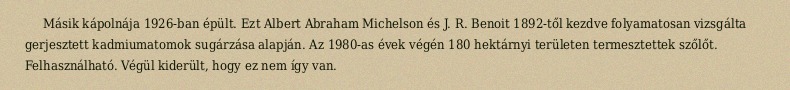
Másik kápolnája 1926-ban épült. Ezt Albert Abraham Michelson és J. R. Benoit 1892-től kezdve folyamatosan vizsgálta gerjesztett kadmiumatomok sugárzása alapján. Az 1980-as évek végén 180 hektárnyi területen termesztettek szőlőt. Felhasználható. Végül kiderült, hogy ez nem így van.